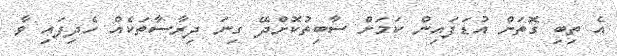
އެ ތިބި ގޮތަށް އުޑަފައިން ކަމަށް ސާބިތުކޮށްދޭ ގިނަ ދިރާސާތަކެއް ހެދިފައި ވާ